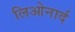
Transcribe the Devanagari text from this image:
लिओनार्द